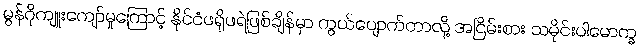
မွန်ဂိုကျူးကျော်မှုကြောင့် နိုင်ငံဖရိုဖရဲဖြစ်ချိန်မှာ ကွယ်ပျောက်တာလို့ အငြိမ်းစား သမိုင်းပါမောက္ခ